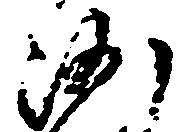
沙